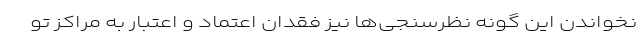
نخواندن این گونه نظرسنجی‌ها نیز فقدان اعتماد و اعتبار به مراکز تو